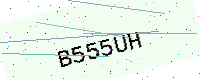
Text: B555UH